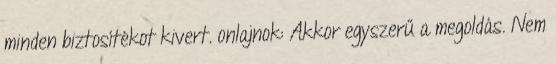
minden biztosítékot kivert. onlajnok: Akkor egyszerű a megoldás. Nem